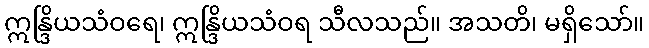
ဣန္ဒြိယသံဝရေ၊ ဣန္ဒြိယသံဝရ သီလသည်။ အသတိ၊ မရှိသော်။